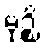
မုဉ္စိ